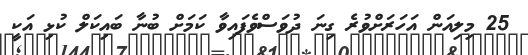
25 މިލިއަން އަހަރަށްވުރެ ގިނަ ދުވަސްވެފައިވާ ކަމަށް ބުނާ ބައިކަލް ކުޅި އަކީ